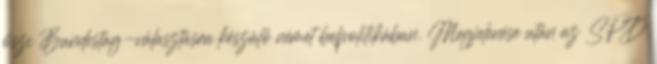
őszi Bundestag-választásra készülő német belpolitikában. Megjelenése után az SPD